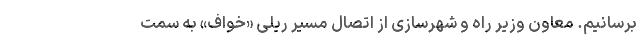
برسانیم. معاون وزیر راه و شهرسازی از اتصال مسیر ریلی «خواف» به سمت